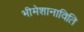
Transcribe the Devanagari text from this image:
भीमेशानाविति